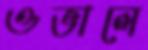
ওভালে